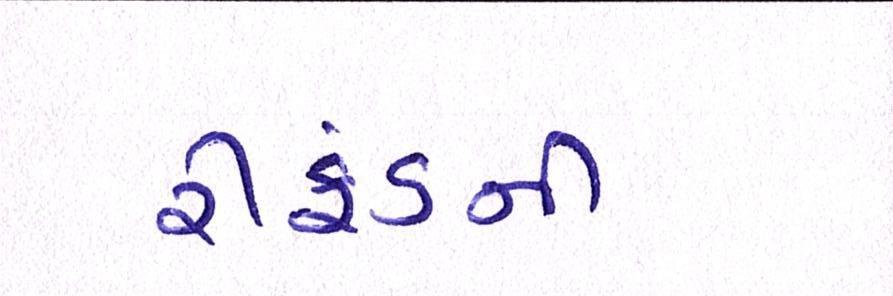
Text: રીફંડની